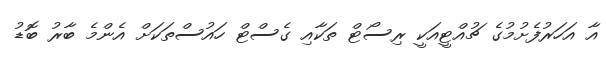
އާ އަހަރުފެށުމުގެ ޗުއްޓީއަކީ ރިސޯޓް ތަކާއި ގެސްޓް ހައުސްތަކަށް އެންމެ ބާރު ބޮޑު